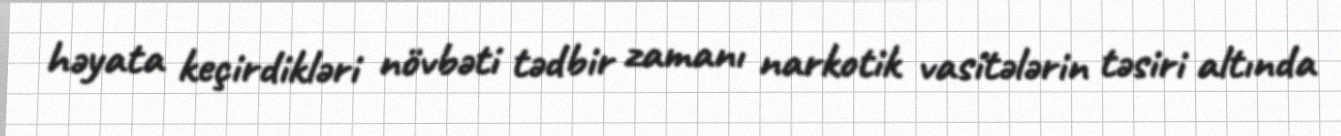
həyata keçirdikləri növbəti tədbir zamanı narkotik vasitələrin təsiri altında